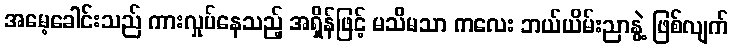
အမေ့ခေါင်းသည် ကားလှုပ်နေသည့် အရှိန်ဖြင့် မသိမသာ ကလေး ဘယ်ယိမ်းညာနွဲ့ ဖြစ်လျက်